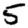
Digit: 5